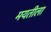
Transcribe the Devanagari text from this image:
मयतीला